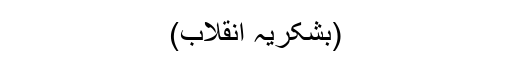
(بشکریہ انقلاب)